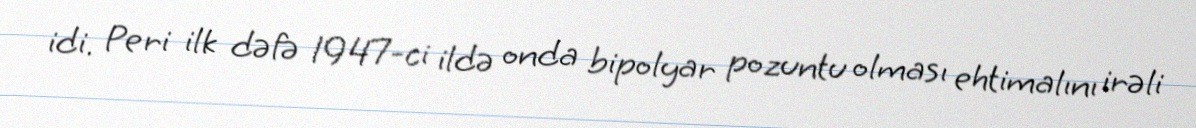
idi. Peri ilk dəfə 1947-ci ildə onda bipolyar pozuntu olması ehtimalını irəli